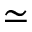
\simeq